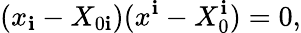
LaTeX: (x_{\mathbf{i}}-X_{0\mathbf{i}})(x^{\mathbf{i}}-X_{0}^{\mathbf{i}})=0,